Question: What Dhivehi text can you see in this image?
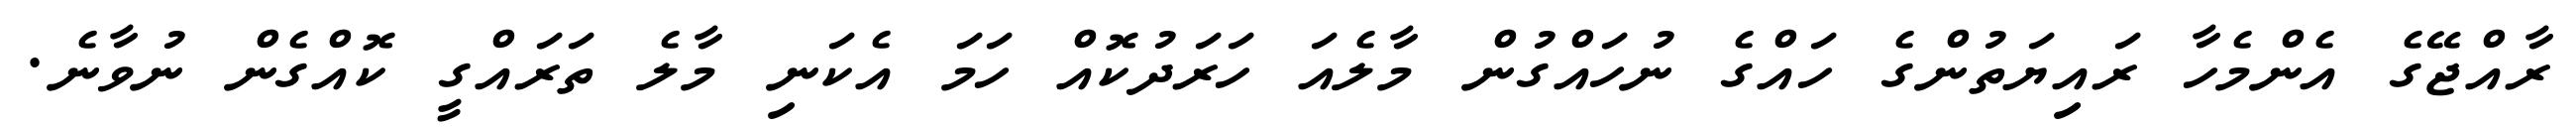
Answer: ރާއްޖޭގެ އެންމެހާ ރައިޔަތުންގެ ހައްގެ ނުހައްގުން މާލެއަ ހަރަދުކޮއް ހަމަ އެކަނި މާލެ ތަރައްގީ ކޮއްގެން ނުވާނެ.